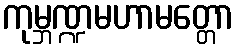
ကုမ္ဘဏ္ဍမဟာမတ္တော